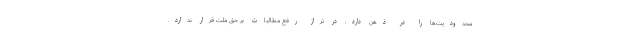
محدودیت‌ها را در ذهن دارد، در تراز رفع مطالبات بر حق ملت قرار ندارد.